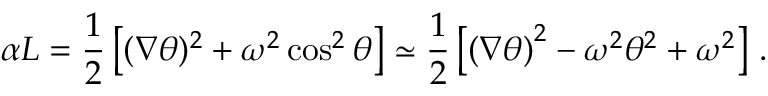
\alpha L = \frac { 1 } { 2 } \left[ ( \nabla \theta ) ^ { 2 } + \omega ^ { 2 } \cos ^ { 2 } \theta \right] \simeq \frac { 1 } { 2 } \left[ \left( \nabla \theta \right) ^ { 2 } - \omega ^ { 2 } \theta ^ { 2 } + \omega ^ { 2 } \right] \, .